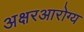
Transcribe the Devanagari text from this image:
अक्षरआरोग्य